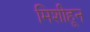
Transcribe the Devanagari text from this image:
मिशीहून